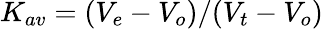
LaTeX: K_{av}=(V_{e}-V_{o})/(V_{t}-V_{o})